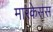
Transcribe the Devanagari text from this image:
मारकेसस